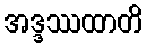
အဒ္ဒဿထာတိ